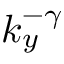
k _ { y } ^ { - \gamma }